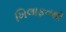
ખિલાફતથી